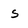
Character: s